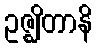
ဥဇ္ဈိတာနိ